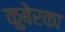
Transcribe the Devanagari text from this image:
कुबेरका